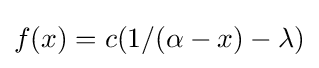
f(x)=c(1/(\alpha -x)-\lambda )